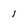
Character: 1